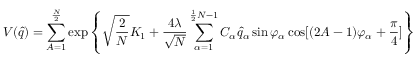
V ( \hat { q } ) = \sum _ { A = 1 } ^ { \frac { N } { 2 } } \exp \left\{ \sqrt { \frac { 2 } { N } } K _ { 1 } + \frac { 4 \lambda } { \sqrt { N } } \sum _ { \alpha = 1 } ^ { \frac { 1 } { 2 } N - 1 } C _ { \alpha } \hat { q } _ { \alpha } \sin \varphi _ { \alpha } \cos [ ( 2 A - 1 ) \varphi _ { \alpha } + \frac { \pi } { 4 } ] \right\}